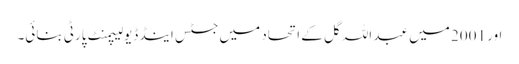
اور 2001 میں عبد اللہ گل کے اتحاد میں جسٹس اینڈ ڈیولیپمنٹ پارٹی بنائی۔